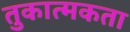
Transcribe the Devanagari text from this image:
तुकात्मकता